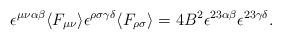
LaTeX: \begin{align*}\epsilon ^{\mu \nu \alpha \beta} \langle F _{\mu \nu} \rangle \epsilon ^{\rho \sigma \gamma \delta} \langle F _{\rho \sigma} \rangle = 4 B ^{2} \epsilon ^{2 3 \alpha \beta} \epsilon ^{2 3 \gamma \delta} .\end{align*}